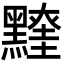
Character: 𪒖